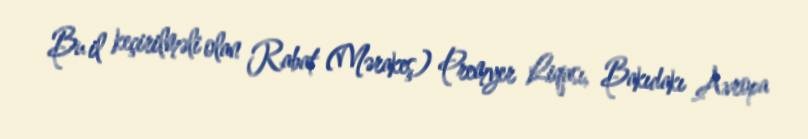
Bu il keçirilməli olan Rabat (Mərakeş) Premyer Liqası, Bakıdakı Avropa